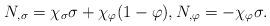
LaTeX: \begin{align*}N_{,\sigma} = \chi_{\sigma} \sigma + \chi_{\varphi}(1-\varphi), N_{,\varphi} = - \chi_{\varphi} \sigma.\end{align*}